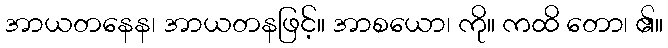
အာယတနေန၊ အာယတနဖြင့်။ အာစယော၊ ကို။ ကထိ တော၊ ၏။